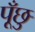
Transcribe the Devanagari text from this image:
पूँछु